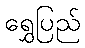
ရွှေပြည်